Civil Veterinary Dept. Bombay admin report 1900-1906 - 1900-1906
Year: 1900
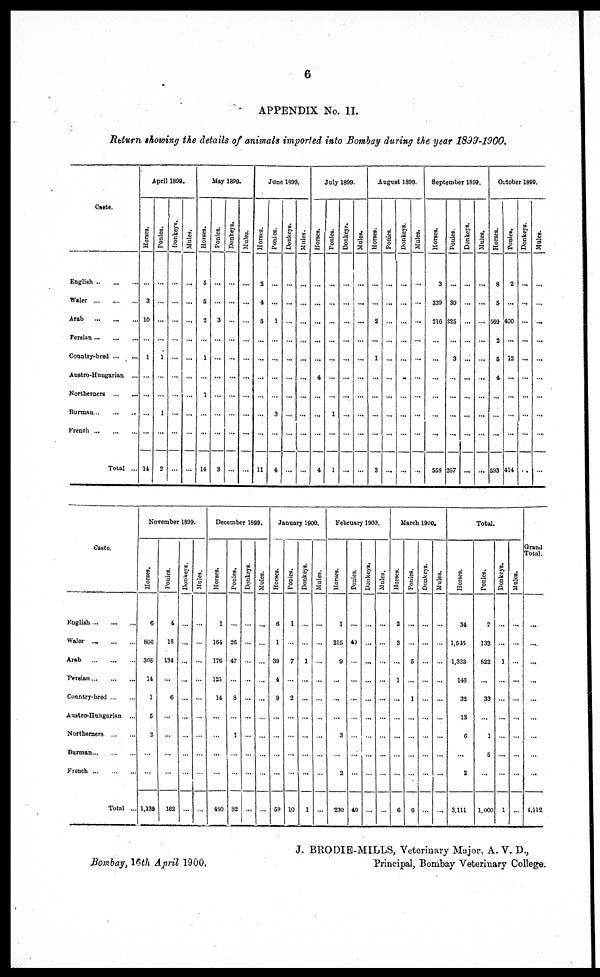
6
APPENDIX No. II.
Return showing the details of animals imported into Bombay during the year 1899-1900.
Caste.
English
..
...
...
Waler
...
...
...
Arab
...
...
...
Persian ... ... ...
Country-bred
...
...
Austro-Hungarian ...
Northerners
...
...
Burman ... ... ...
French
...
...
...
Total ...
April 1899.
Horses.
...
3
10
...
1
...
...
...
...
14
Ponies.
...
...
...
...
1
...
...
1
...
2
Donkeys.
...
...
...
...
...
...
...
...
...
...
Mules.
...
...
...
...
...
...
...
...
...
...
May 1899.
Horses.
5
5
2
...
1
...
1
...
...
14
Ponies.
...
...
3
...
...
...
...
...
...
3
Donkeys.
...
...
...
...
...
...
...
...
...
...
Mules.
...
...
...
...
...
...
...
...
...
...
June 1899.
Horses.
2
4
5
...
...
...
...
...
...
11
Ponies.
...
...
1
...
...
...
...
3
...
4
Donkeys.
...
...
...
...
...
...
...
...
...
...
Mules.
...
...
...
...
...
...
...
...
...
...
July 1899.
Horses.
...
...
...
...
...
4
...
...
...
4
Ponies.
...
...
...
...
...
...
...
1
...
1
Donkeys.
...
...
...
...
...
...
...
...
...
...
Mules.
...
...
...
...
...
...
...
...
...
...
August 1899,
Horses.
...
...
2
...
1
...
...
...
...
3
Ponies.
...
...
...
...
...
...
...
...
...
...
Donkeys.
...
...
...
...
...
...
...
...
...
...
Mules.
...
...
...
...
...
...
...
...
...
...
September 1899.
Horses.
3
339
216
...
...
...
...
...
...
558
Ponies.
...
39
225
...
3
...
...
...
...
267
Donkeys.
...
...
...
...
...
...
...
...
...
...
Mules.
...
...
...
...
...
...
...
...
...
October 1899.
Horses.
8
5
569
2
5
4
...
...
...
593
Ponies.
2
...
400
...
12
...
...
...
...
414
Donkeys.
...
...
...
...
...
...
...
...
...
...
Mules.
...
...
...
...
...
...
...
...
....
...
Caste.
English
...
...
...
Waler ...
...
...
Arab ... ... ...
Persian ... ... ...
Country-bred
...
...
Austro-Hungarian ...
Northerners ... ... ...
Burman ... ... ...
French ... ... ...
Total ...
November 1899.
Horses.
6
806
305
14
1
5
2
...
...
1,139
Ponies.
4
18
134
...
6
...
...
...
...
162
Donkeys.
...
...
...
...
...
...
...
...
...
...
Mules.
...
...
...
...
...
...
...
...
...
...
December 1899.
Horses,
1
164
176
125
14
...
...
...
...
480
Ponies.
...
26
47
...
8
...
1
...
...
82
Donkeys.
...
...
...
...
...
...
...
...
...
...
Mules.
...
...
...
...
...
...
...
...
...
...
January 1900.
Horses.
6
1
39
4
9
...
...
...
...
59
Ponies.
1
...
7
...
2
...
...
...
...
10
Donkeys.
...
...
1
...
...
...
...
...
...
1
Mules.
...
...
...
...
...
...
...
...
...
...
February 1900.
Horses.
1
215
9
...
...
...
3
...
2
230
Ponies.
...
40
...
...
...
...
...
...
...
49
Donkeys.
...
...
...
...
...
...
...
...
...
...
Mules.
...
...
...
...
...
...
...
...
...
...
March 1900.
Horses.
2
3
...
1
...
...
...
...
...
6
Ponies.
...
...
5
...
1
...
...
...
...
6
Donkeys.
...
...
...
...
...
...
...
...
...
...
Mules.
...
...
...
...
...
...
...
...
...
...
Total.
Horses.
34
1,545
1,333
146
32
13
6
...
2
3,111
Ponies.
7
132
822
...
33
...
1
5
...
1,000
Donkeys.
...
...
1
...
...
...
...
...
...
1
Mules.
...
...
...
...
...
...
...
...
...
...
Grand
Total.
...
....
....
...
...
...
....
...
...
4,112
Bombay, 16th April 1900.
J. BRODIE-MILLS, Veterinary Major, A. V. D.,
Principal, Bombay Veterinary College.